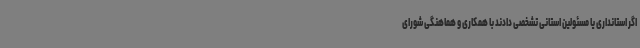
اگر استانداری یا مسئولین استانی تشخصی دادند با همکاری و هماهنگی شورای